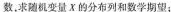
数，求随机变量X的分布列和数学期望；